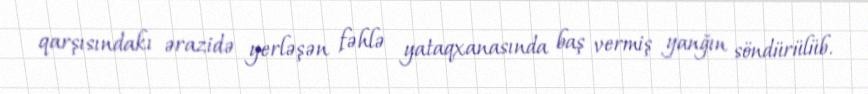
qarşısındakı ərazidə yerləşən fəhlə yataqxanasında baş vermiş yanğın söndürülüb.